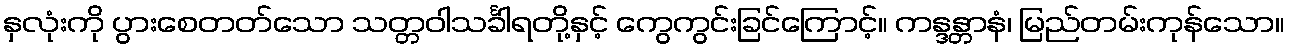
နှလုံးကို ပွားစေတတ်သော သတ္တဝါသင်္ခါရတို့နှင့် ကွေကွင်းခြင်ကြောင့်။ ကန္ဒန္တာနံ၊ မြည်တမ်းကုန်သော။